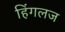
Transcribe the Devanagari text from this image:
हिंगलज